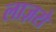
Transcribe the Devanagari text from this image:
लाज़रो